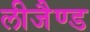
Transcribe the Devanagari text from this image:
लीजैण्ड